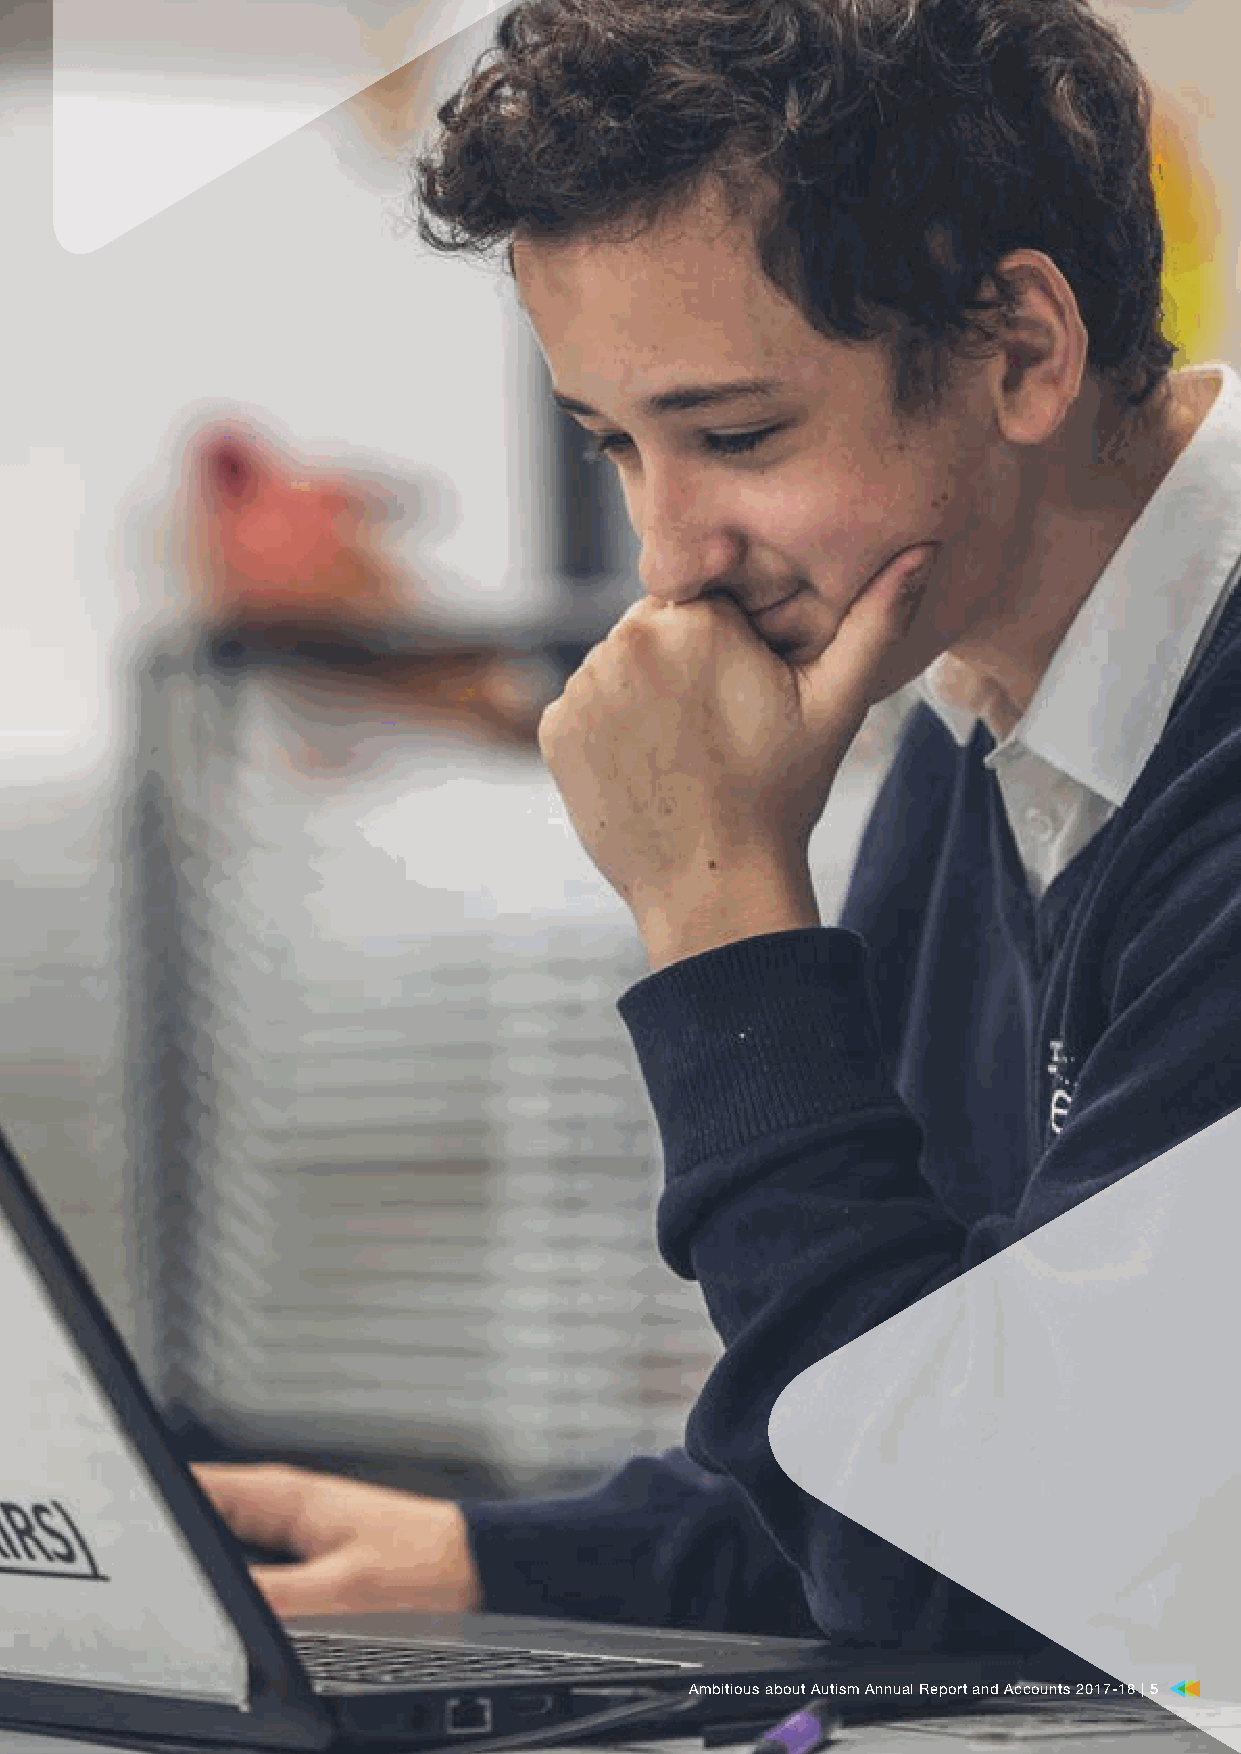
AAmmbbiittiioouuss aabboouutt AAuuttiissmm AAnnnnuuaall RReeppoorrtt aanndd AAccccoouunnttss 22001177–-1188 || 55